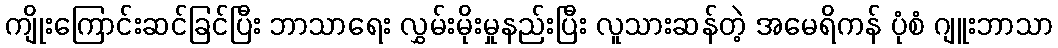
ကျိုးကြောင်းဆင်ခြင်ပြီး ဘာသာရေး လွှမ်းမိုးမှုနည်းပြီး လူသားဆန်တဲ့ အမေရိကန် ပုံစံ ဂျူးဘာသာ